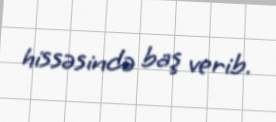
hissəsində baş verib.